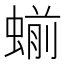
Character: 𬠝